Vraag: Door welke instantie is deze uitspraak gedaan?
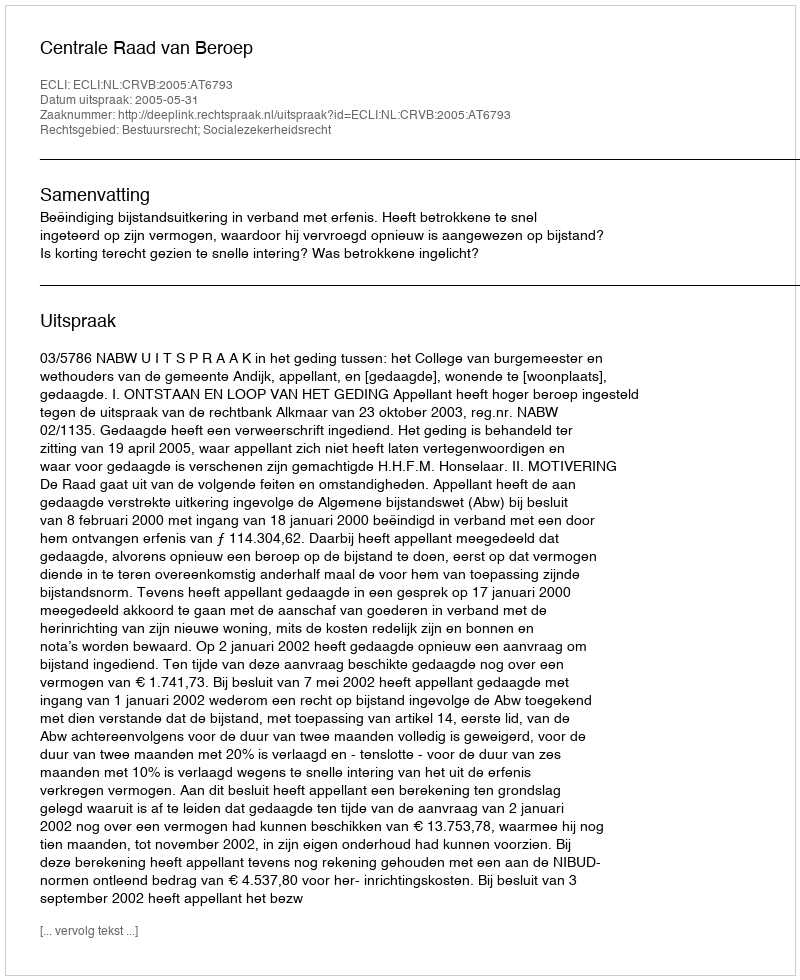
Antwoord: Centrale Raad van Beroep